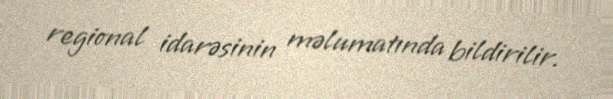
regional idarəsinin məlumatında bildirilir.